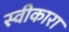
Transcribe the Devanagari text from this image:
स्‍वीकारा